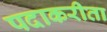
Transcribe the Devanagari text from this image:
पदाकरीता